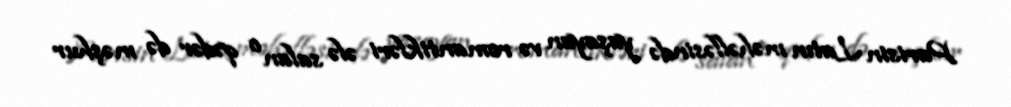
Parisin Latın məhəlləsində yaşayan və romantikləri ələ salan o qədər də məşhur